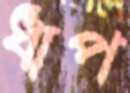
ধাপ